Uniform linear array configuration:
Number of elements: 8
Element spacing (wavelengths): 0.75
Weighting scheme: hann
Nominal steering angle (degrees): -60
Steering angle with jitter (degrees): -61.27
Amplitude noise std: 0.05
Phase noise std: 0.05

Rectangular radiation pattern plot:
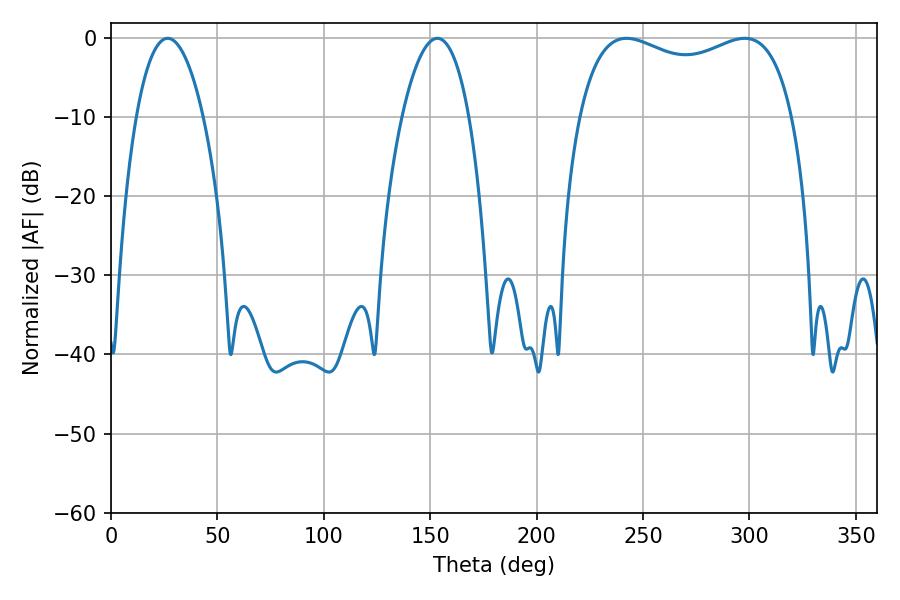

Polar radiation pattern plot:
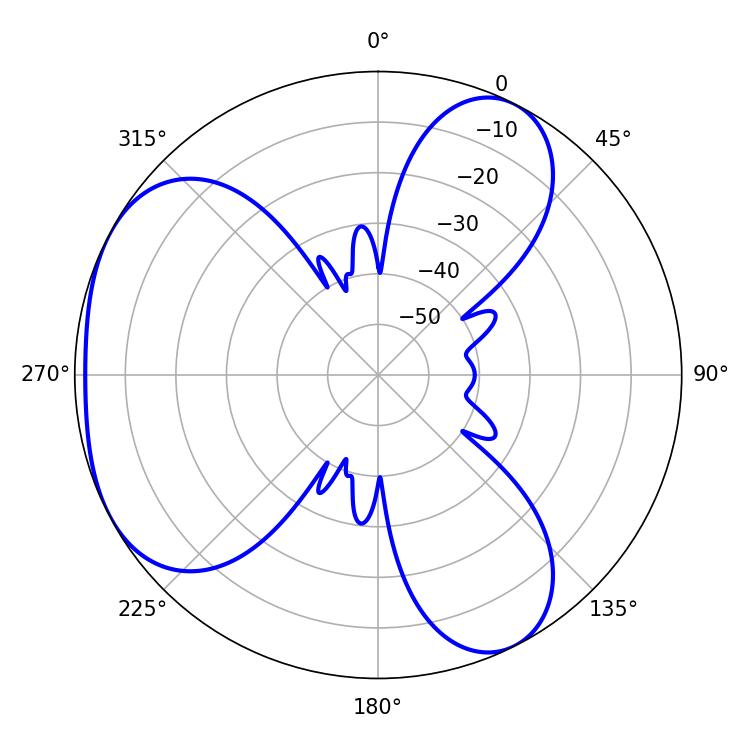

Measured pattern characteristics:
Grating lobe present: TRUE
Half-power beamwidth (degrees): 17.64
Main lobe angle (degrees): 26.64